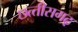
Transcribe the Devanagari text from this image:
छत्‍तीसगढ़़